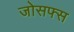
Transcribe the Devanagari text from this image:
जोसफ्स